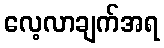
လေ့လာချက်အရ